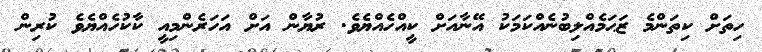
ހިތަށް ކިތަންމެ ޒަޙަމެއްލިބުނެއްކަމަކު އޭނާއަށް ކީއްހެއްޔެވެ. ރުޔާން އަށް އަހަރެންމިއީ ކާކުހެއްޔެވެ ކުރިން